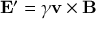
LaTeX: \mathbf { E } ^ { \prime } = \gamma \mathbf { v } \times \mathbf { B }